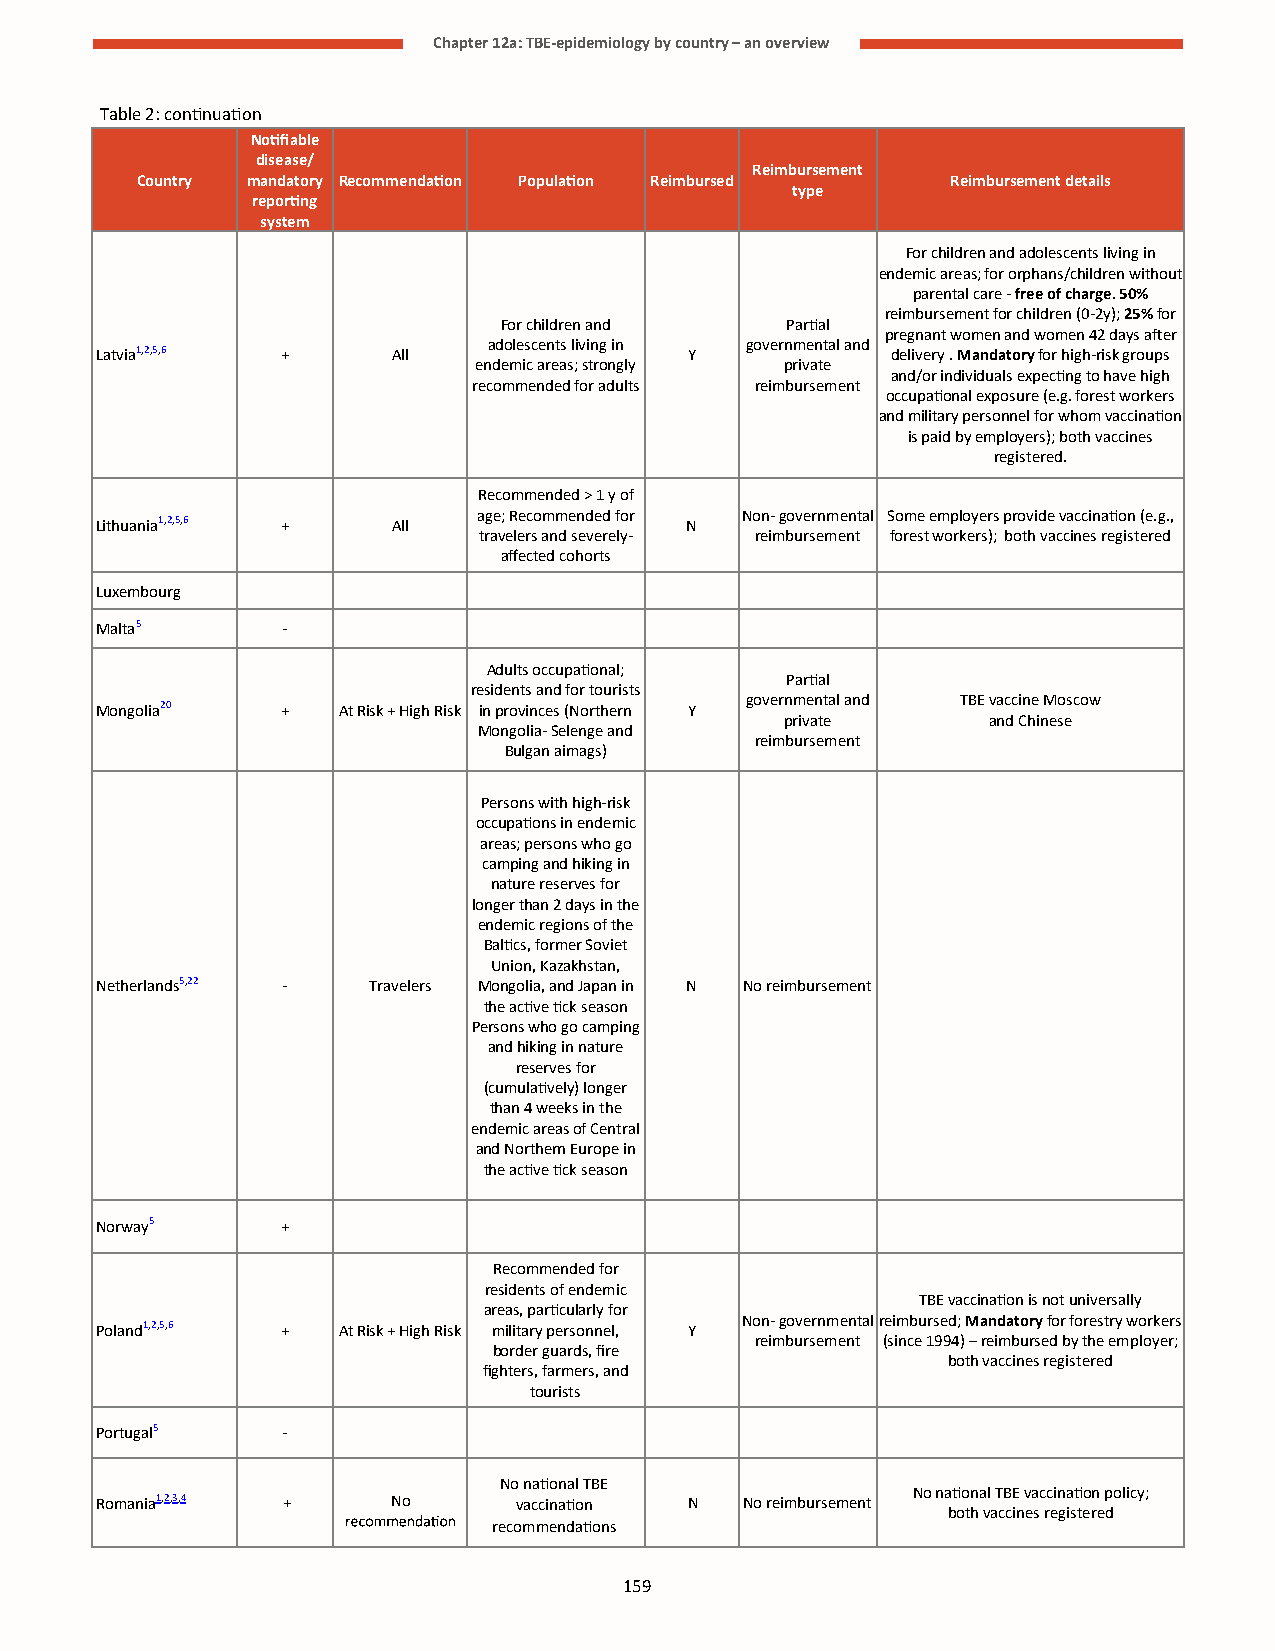
Chapter 12a: TBE-epidemiology by country – an overview
 Table 2: continuation
 Notifiable
 disease/
 Reimbursement
 Country mandatory Recommendation Population Reimbursed Reimbursement details
 type
 reporting
 system
 For children and adolescents living in
 endemic areas; for orphans/children without
 parental care - free of charge. 50%
 reimbursement for children (0-2y); 25% for
 For children and   Partial
 pregnant women and women 42 days after
 adolescents living in governmental and
 Latvia1,2,5,6 +     All                 Y            delivery . Mandatory for high-risk groups
 endemic areas; strongly private
 and/or individuals expecting to have high
 recommended for adults reimbursement
 occupational exposure (e.g. forest workers
 and military personnel for whom vaccination
 is paid by employers); both vaccines
 registered.
 Recommended > 1 y of
 age; Recommended for Non- governmental Some employers provide vaccination (e.g.,
 Lithuania1,2,5,6 +  All                N
 travelers and severely- reimbursement forest workers); both vaccines registered
 affected cohorts
 Luxembourg
 Malta5       -
 Adults occupational;
 Partial
 residents and for tourists
 governmental and TBE vaccine Moscow
 Mongolia20   +  At Risk + High Risk in provinces (Northern Y
 private       and Chinese
 Mongolia- Selenge and
 reimbursement
 Bulgan aimags)
 Persons with high-risk
 occupations in endemic
 areas; persons who go
 camping and hiking in
 nature reserves for
 longer than 2 days in the
 endemic regions of the
 Baltics, former Soviet
 Union, Kazakhstan,
 Netherlands5,22 - Travelers Mongolia, and Japan in N No reimbursement
 the active tick season
 Persons who go camping
 and hiking in nature
 reserves for
 (cumulatively) longer
 than 4 weeks in the
 endemic areas of Central
 and Northern Europe in
 the active tick season
 Norway5      +
 Recommended for
 residents of endemic
 TBE vaccination is not universally
 areas, particularly for
 Non- governmental reimbursed; Mandatory for forestry workers
 Poland1,2,5,6 + At Risk + High Risk military personnel, Y
 reimbursement (since 1994) – reimbursed by the employer;
 border guards, fire
 both vaccines registered
 fighters, farmers, and
 tourists
 Portugal5    -
 No national TBE
 No national TBE vaccination policy;
 Romania1,2,3,4 +    No      vaccination N  No reimbursement
 both vaccines registered
 recommendations
 159